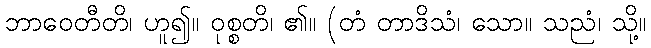
ဘာဝေတီတိ၊ ဟူ၍။ ဝုစ္စတိ၊ ၏။ (တံ တာဒိသံ၊ သော။ သညံ၊ သို့။